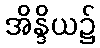
အိန္ဒိယ၌